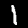
Label: 1